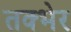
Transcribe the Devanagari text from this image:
तक्भेर